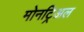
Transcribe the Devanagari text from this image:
मोनट्रिअल